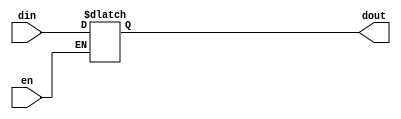
`timescale 1ns / 1ps
//////////////////////////////////////////////////////////////////////////////////
// Company: 
// Engineer: 
// 
// Design Name: 
// Module Name:    register 
// Project Name: 
// Target Devices: 
// Tool versions: 
// Description: 
//
// Dependencies: 
//
// Revision: 
// Revision 0.01 - File Created
// Additional Comments: 
//
//////////////////////////////////////////////////////////////////////////////////
module register(
    din,
	 dout,
	 en
    );

input [31:0] din;
input en;
output [31:0] dout;
reg [31:0] dout;


always @(*)begin
    if(en)
	     dout <= din;
	 else 
	     dout <=dout;
end


endmodule